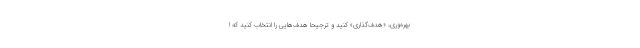
بهره‌وری، «هدف‌گذاری» کنید و ترجیحاً هدف‌هایی را انتخاب کنید که ا